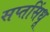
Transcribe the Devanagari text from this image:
सप्तसिंधू